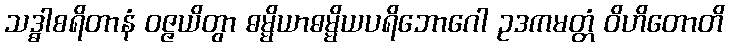
သဒ္ဓါစရိတာနံ ဝဇ္ဇယိတွာ ဓမ္မိယာဓမ္မိယပရိဘောဂေါ ဥဒကမတ္တံ ဝိဟိတောတိ